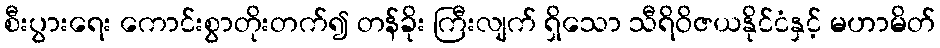
စီးပွားရေး ကောင်းစွာတိုးတက်၍ တန်ခိုး ကြီးလျက် ရှိသော သီရိဝိဇယနိုင်ငံနှင့် မဟာမိတ်